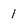
Character: 1